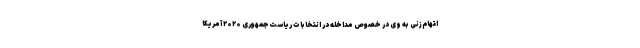
اتهام‌زنی به وی در خصوص مداخله در انتخابات ریاست‌جمهوری ۲۰۲۰ آمریکا